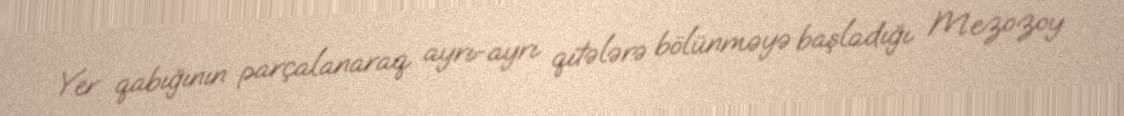
Yer qabığının parçalanaraq ayrı-ayrı qitələrə bölünməyə başladığı Mezozoy